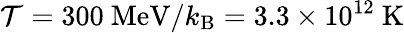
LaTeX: \mathcal{T}=300~{\mathrm{{MeV}}}/k_{\mathrm{{B}}}=3.3\times10^{12}~{\mathrm{{K}}}